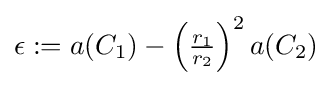
{\textstyle \epsilon :=a(C_{1})-\left({\frac {r_{1}}{r_{2}}}\right)^{2}a(C_{2})}